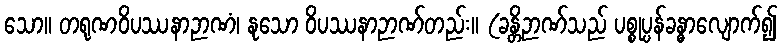
သော။ တရုဏဝိပဿနာဉာဏံ၊ နုသော ဝိပဿနာဉာဏ်တည်း။ (ခန္တိဉာဏ်သည် ပစ္စုပ္ပန်ခန္ဓာလျောက်၍